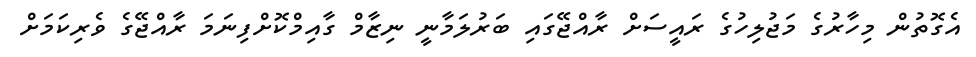
އެގޮތުން މިހާރުގެ މަޖުލިހުގެ ރައީސަށް ރާއްޖޭގައި ބަރުލަމާނީ ނިޒާމް ގާއިމްކޮށްފިނަމަ ރާއްޖޭގެ ވެރިކަމަށް